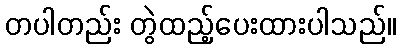
တပါတည်း တွဲထည့်ပေးထားပါသည်။